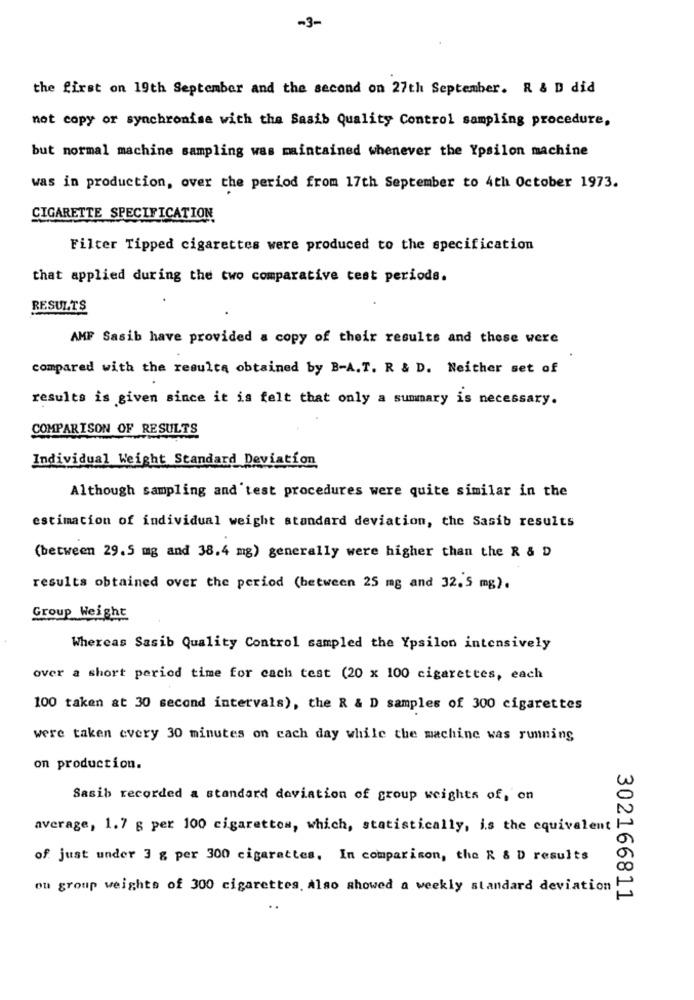
-3-
the first on 19th September and the second on 27th September. R & D did
not copy or synchronise with the Sasib Quality Control sampling procedure,
but normal machine sampling was maintained whenever the Ypsilon machine
was in production, over the period from 17th September to 4th October 1973.
CIGARETTE SPECIFICATION
Filter Tipped cigarettes were produced to the specification
that applied during the two comparative test periode.
RESULTS
AMF Sasib have provided a copy of their results and these were
compared with the results obtained by B-A.T. R & D. Neither set of
results is given since it is felt that only a summary is necessary.
COMPARISON OF RESULTS
Individual Weight Standard Deviation
Although sampling and'test procedures were quite similar in the
estimation of individual weight standard deviation, the Sasib results
(between 29.5 mg and 38.4 mg) generally were higher than the R & D
results obtained over the period (between 25 mg and 32. 5 mg).
Group Weight
Whereas Sasib Quality Control sampled the Ypsilon intensively
over a short period time for cach test (20 x 100 cigarettes, each
100 taken at 30 second intervals), the R & D samples of 300 cigarettes
were taken every 30 minutes on cach day while the machine was running
on production.
Sasib recorded a standard deviation of group weights of, on
average, 1.7 g per 100 cigarettos, which, statistically, is the equivalent
of just under 3 g per 300 cigarettes. In comparison, the R & D results
ou group weights of 300 cigarettes. also showed a weekly standard deviation
302166811